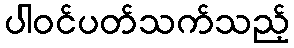
ပါဝင်ပတ်သက်သည့်